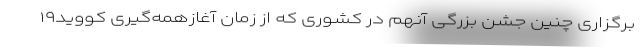
برگزاری چنین جشن بزرگی آنهم در کشوری که از زمان آغازهمه‌گیری کووید۱۹